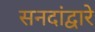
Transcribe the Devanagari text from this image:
सनदांद्वारे